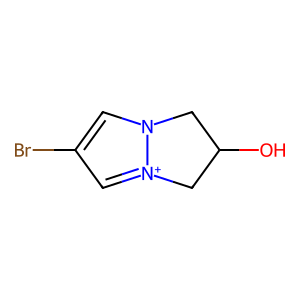
SMILES: OC1Cn2cc(Br)c[n+]2C1
Inhibits HIV replication: No